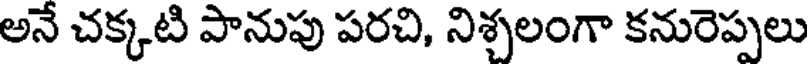
అనే చక్కటి పానుపు పరచి, నిశ్చలంగా కనురెప్పలు